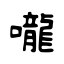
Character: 嚨